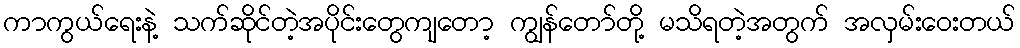
ကာကွယ်ရေးနဲ့ သက်ဆိုင်တဲ့အပိုင်းတွေကျတော့ ကျွန်တော်တို့ မသိရတဲ့အတွက် အလှမ်းဝေးတယ်